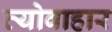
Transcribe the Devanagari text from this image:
व्योवाहार